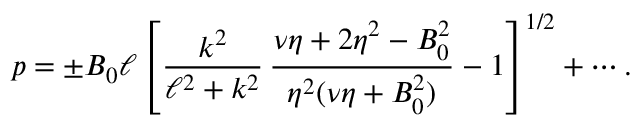
p = \pm B _ { 0 } \ell \left[ \frac { k ^ { 2 } } { \ell ^ { 2 } + k ^ { 2 } } \, \frac { \nu \eta + 2 \eta ^ { 2 } - B _ { 0 } ^ { 2 } } { \eta ^ { 2 } ( \nu \eta + B _ { 0 } ^ { 2 } ) } - 1 \right] ^ { 1 / 2 } + \cdots .